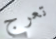
تعرج